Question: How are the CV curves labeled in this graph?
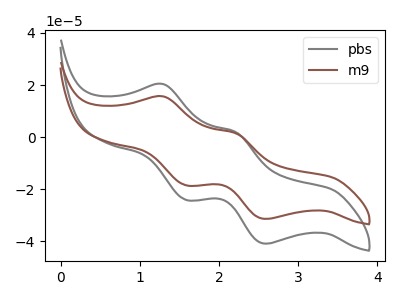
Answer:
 <answer>The gray curve is labeled "pbs". The brown curve is labeled "m9".</answer>
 <eval></eval>